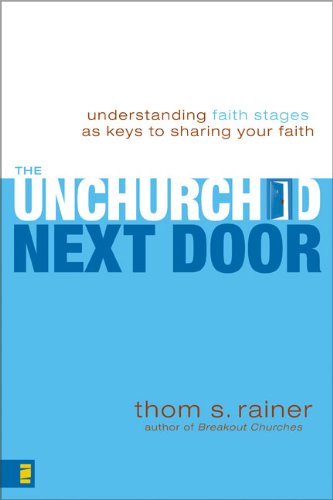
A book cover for The Unchurched Next Door: Understanding Faith Stages as Keys to Sharing Your Faith; Thom S. Rainer; Christian Books & Bibles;